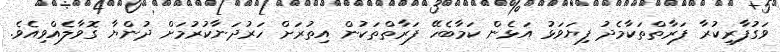
ވަގުފާރިކުރާ ފަރާތްތަކާމެދު ފިޔަވަޅު އަޅެން ކަމާބެހޭ ފަރާތްތަކުން އިތުރަށް ހަރުދަނާކުރުމަށް ދުންޔާ ގޮވާލެއްވިއެވެ.